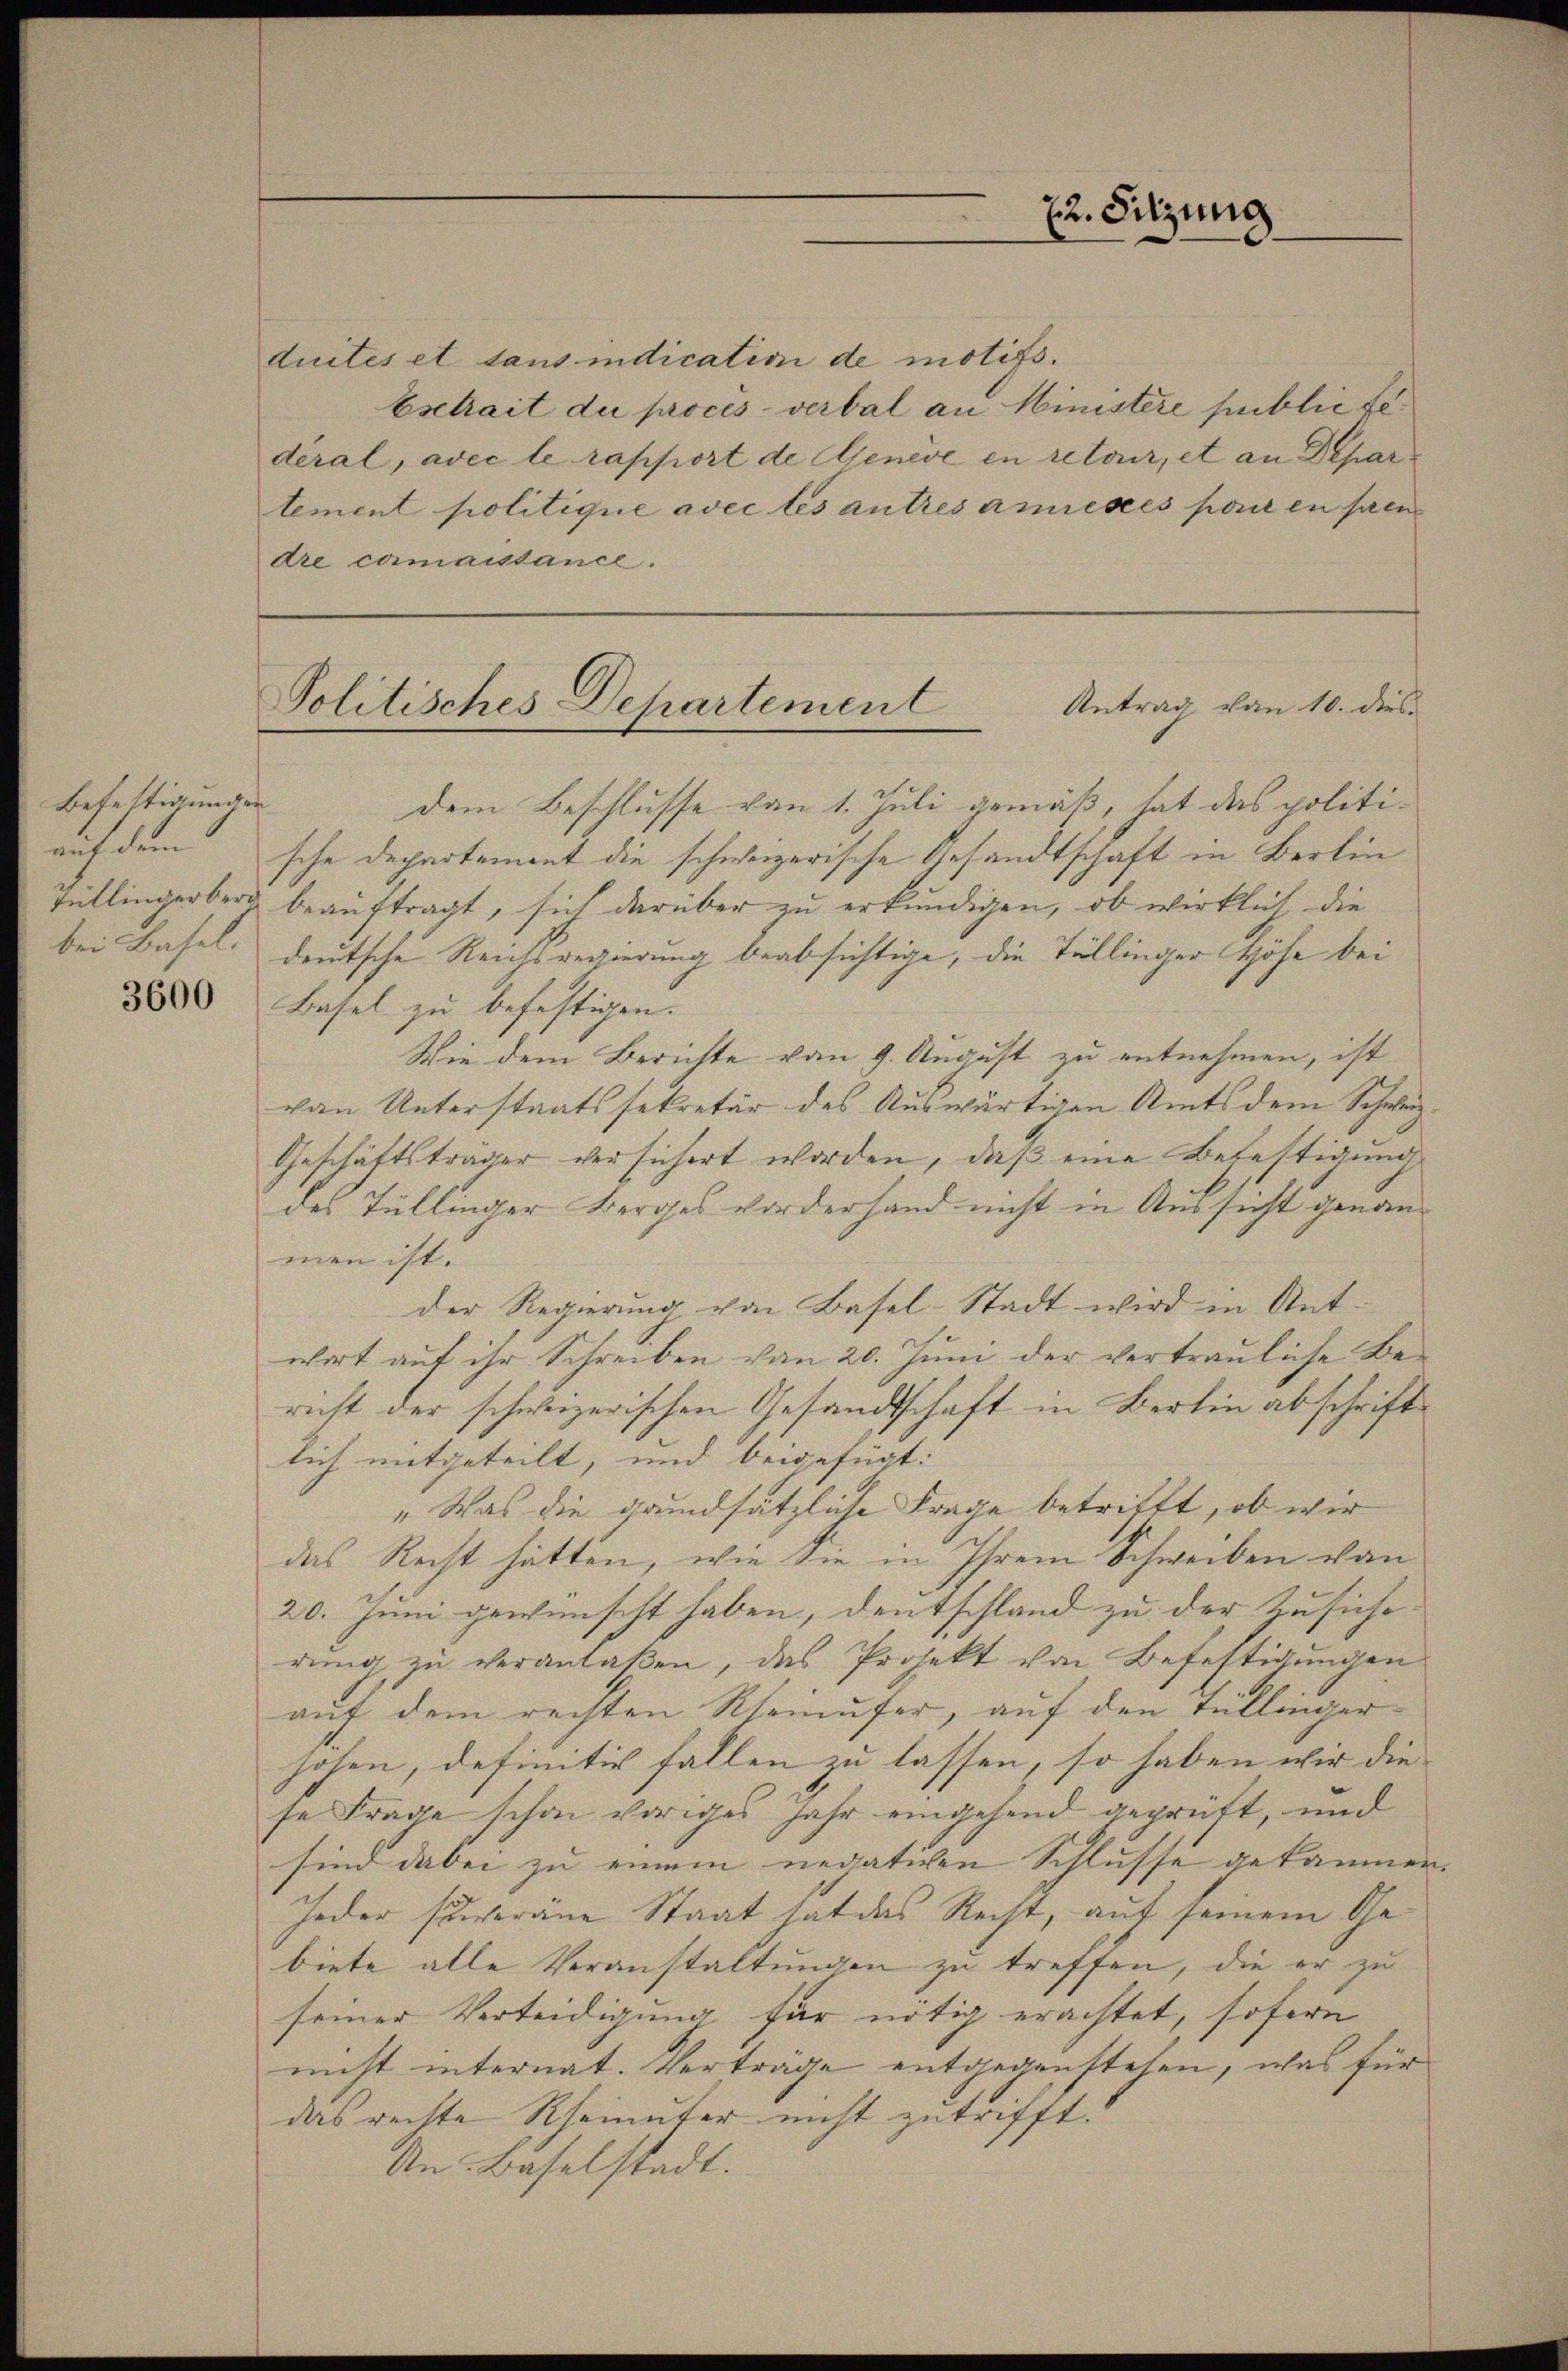
Befestigungen

3600

duites et sans indication de motifs.
Esetrait du procès-verbal an Ministere public fedéral, avec le rapport de Geneve in retour, et an Depar
tement politique avec les antres amieses pour en pren
dre camaistance.

22. Sitzung

Politisches Departement
Antrag von 10. dies

dem Beschlusse von 1. Juli gemäß, hat das politiauf dem sche Departement die schweizerische Gesandtschaft in Berlin
Züllingerberg beauftragt, sich darüber zu erkundigen, ob wirklich, die
bei Basel, deutsche Reichsregierung beabsichtige, die Tüllinger Höhe bei
Basel zu befestigen.
Wie dem Berichte von 9. August zu entnehmen, ist
von Unterstaatssekretär des Auswärtigen Amts dem Schweiz¬
Geschäftsträger versichert worden, daß eine Befestigung
des Tüllinger Berges vorderhand nicht in Aussicht genanmen ist.
der Regierung von Basel-Stadt wird in Ant-
wort auf ihr Schreiben von 20. Juni der vertrauliche Bericht der schweizerischen Gesandtschaft in Berlin abschriftlich mitgeteilt, und beigefügt:
„Was die grundsätzliche Frage betrifft, ob wir
das Recht hätten, wie die in Ihrem Schweiben von
20. Juni gewünscht haben, deutschland zu der Zusiche
rung zu veranlaßen, das Projekt von Befestigungen
auf dem rechten Rheinufer, auf den Tüllingerhohen, definitiv fallen zu lassen, so haben wir die
se Frage schon voriges Jahr eingehend geprüft, und
sind dabei zu einem negativen Schlusse gekommen
Jeder surveräne Staat hat das Recht, auf seinem Gebiete alle Veranstaltungen zu treffen, die er zu
seiner Verteidigung für nötig erachtet, sofern
nicht internat. Verträge entgegenstehen, was für
das rechte Rheinuter nicht zutrifft.
An Baselstadt.